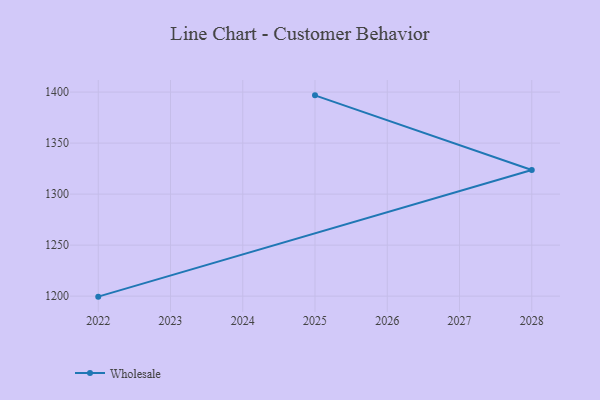
{"axis": {"x": "Year", "y": "Active Users"}, "legend": ["Wholesale"], "data": [{"x": "2025", "y": 1396.8, "type": "Wholesale"}, {"x": "2028", "y": 1323.7, "type": "Wholesale"}, {"x": "2022", "y": 1199.5, "type": "Wholesale"}]}